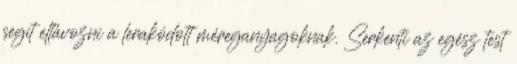
segít eltávozni a lerakódott méreganyagoknak. Serkenti az egész test